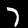
Label: 7